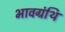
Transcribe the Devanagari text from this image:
भावग्रंथि